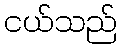
ငယ်သည်